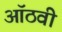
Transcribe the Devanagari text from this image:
ऑठवी